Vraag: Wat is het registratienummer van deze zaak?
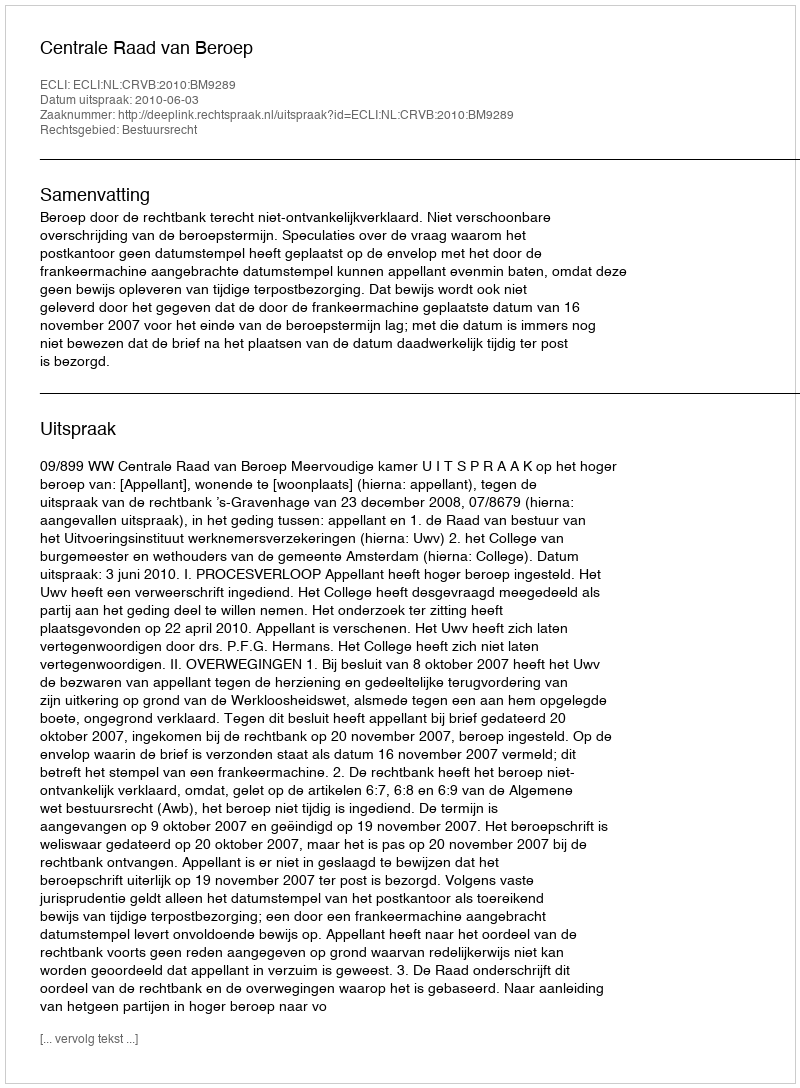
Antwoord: http://deeplink.rechtspraak.nl/uitspraak?id=ECLI:NL:CRVB:2010:BM9289